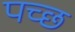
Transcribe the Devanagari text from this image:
पच्‍छ